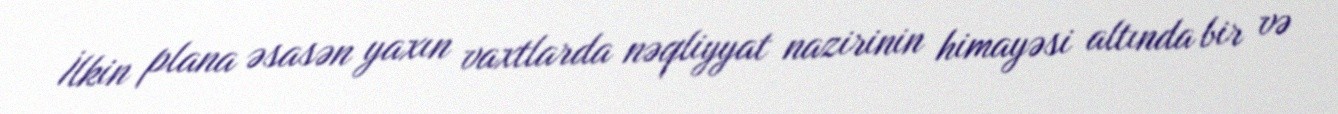
İlkin plana əsasən yaxın vaxtlarda nəqliyyat nazirinin himayəsi altında bir və